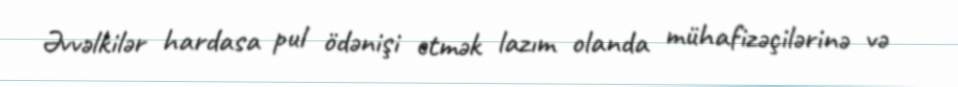
Əvvəlkilər hardasa pul ödənişi etmək lazım olanda mühafizəçilərinə və